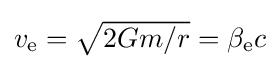
{\textstyle v_{\text{e}}={\sqrt {2Gm/r}}=\beta _{\text{e}}c}